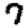
Digit: 7